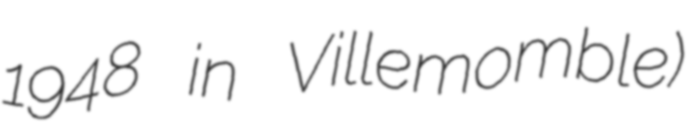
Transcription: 1948 in Villemomble)